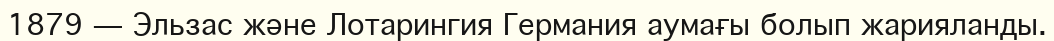
1879 — Эльзас және Лотарингия Германия аумағы болып жарияланды.